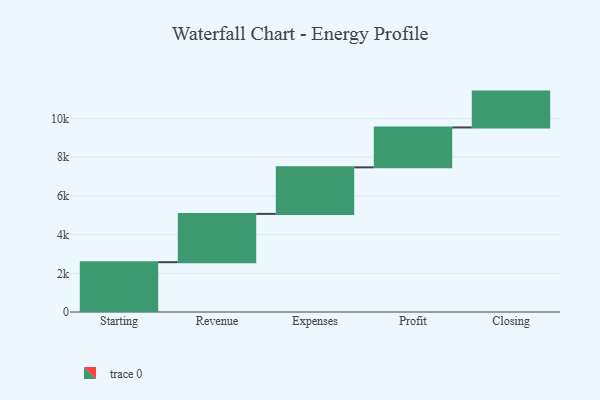
{"axis": {"x": "Step", "y": "Value"}, "legend": [""], "data": [{"x": "Starting", "y": 2575.0, "type": ""}, {"x": "Revenue", "y": 2494.0, "type": ""}, {"x": "Expenses", "y": 2406.0, "type": ""}, {"x": "Profit", "y": 2061.0, "type": ""}, {"x": "Closing", "y": 1853.0, "type": ""}]}